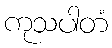
ကုသပါတံ